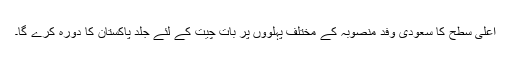
اعلیٰ سطح کا سعودی وفد منصوبہ کے مختلف پہلووں پر بات چیت کے لئے جلد پاکستان کا دورہ کرے گا۔